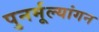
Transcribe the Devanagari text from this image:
पुनर्मूल्यांगन